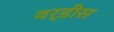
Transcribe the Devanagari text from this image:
वर्डीस